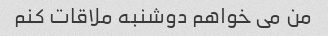
من می خواهم دوشنبه ملاقات کنم